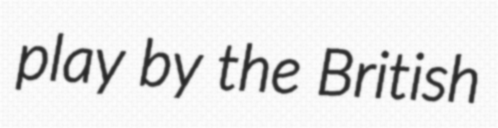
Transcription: play by the British